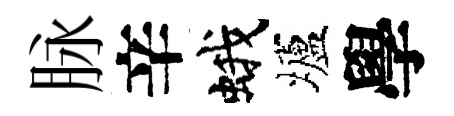
脉辛蛾壚學